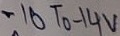
Text: -10 To -14V